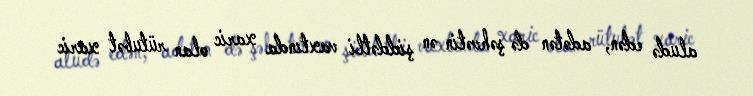
aludə edən, adətən də şəhvətin ən şiddətli vaxtında xaric olan rütubət xaric